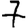
Digit: 7